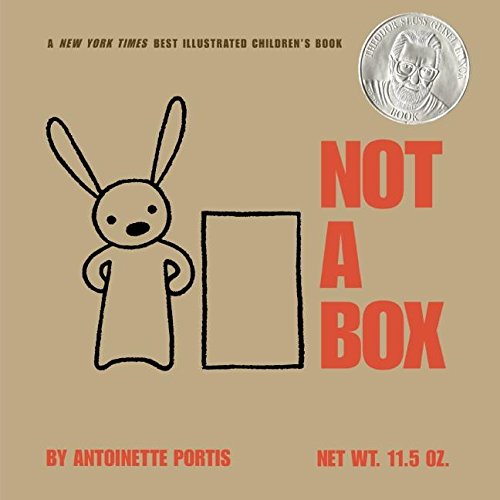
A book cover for Not a Box; Antoinette Portis; Children's Books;